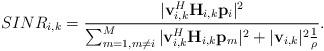
LaTeX: \begin{align*}&SINR_{i,k} = \frac{|\mathbf{v}_{i,k}^H\mathbf{H}_{i,k}\mathbf{p}_i |^2 }{ \sum_{m=1, m\neq i}^{M}|\mathbf{v}_{i,k}^H\mathbf{H}_{i,k}\mathbf{p}_{m}|^2 +|\mathbf{v}_{i,k}|^2\frac{1}{\rho}}.\end{align*}